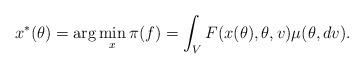
LaTeX: \begin{align*}x^*(\theta) = \arg \min_{x} \pi(f) = \int_{V} F(x(\theta), \theta,v) \mu(\theta, dv).\end{align*}